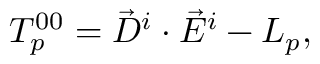
T _ { p } ^ { 0 0 } = \vec { D } ^ { i } \cdot \vec { E } ^ { i } - { \cal L } _ { p } ,